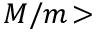
M / m \! >